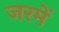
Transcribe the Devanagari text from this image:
जरमें